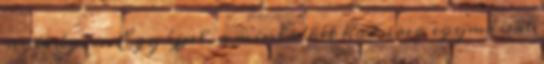
segítségére. Egy éjjel, a mint a két hadsereg egymással